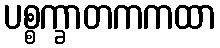
ပစ္စက္ခာတကကထာ